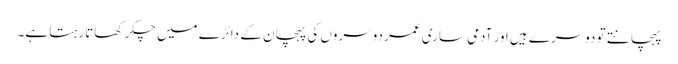
پہچانتے تو دوسرے ہیں اور آدمی ساری عمر دوسروں کی پہچان کے دائرے میں چکر کھاتا رہتا ہے۔